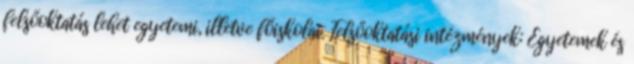
felsőoktatás lehet egyetemi, illetve főiskolai. Felsőoktatási intézmények: Egyetemek és